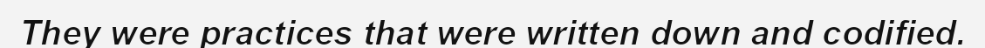
They were practices that were written down and codified.